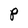
Character: P